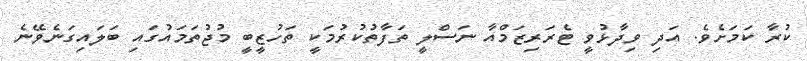
ކުރާ ކަމަށެވެ. އަދި ވިދާޅުވީ ޓެރަރިޒަމްއާ ނަސްލީ ތަފާތުކުރުމަކީ ތަހުޒީބީ މުޖުތަމައުގައި ބަލައިގަނެވޭނެ